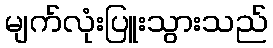
မျက်လုံးပြူးသွားသည်